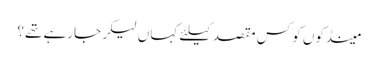
﻿ مینڈکوں کو کس مقصد کیلئے کہاں لیکر جارہے تھے؟